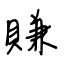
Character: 賺